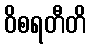
ဝိစရတီတိ